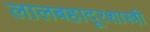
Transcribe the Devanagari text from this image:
लालबहादूरशास्त्री